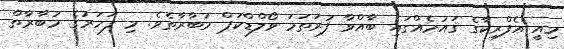
މިއީ އެފްރިކާގެ ޤައުމެއްގައި ބާއްވާ ފުރަތަމަ ވޯލްޑްކަޕް މުބާރާތެވެ. މި ފަހަރުގެ މުބާރާތް